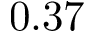
0 . 3 7